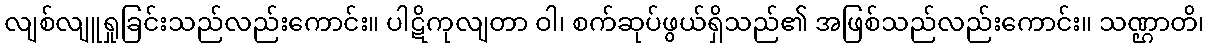
လျစ်လျူရှုခြင်းသည်လည်းကောင်း။ ပါဋိကုလျတာ ဝါ၊ စက်ဆုပ်ဖွယ်ရှိသည်၏ အဖြစ်သည်လည်းကောင်း။ သဏ္ဌာတိ၊